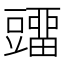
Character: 𰶡